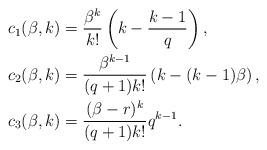
LaTeX: \begin{align*}c_1(\beta,k)&=\frac{\beta^k}{k!} \left(k-\frac{k-1}{q}\right),\\c_2(\beta,k)&=\frac{\beta^{k-1}}{(q+1)k!} \left(k-(k-1)\beta\right),\\c_3(\beta,k)&=\frac{(\beta-r)^k}{(q+1)k!} q^{k-1}.\end{align*}